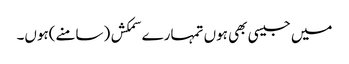
میں جیسی بھی ہوں تمہارے سمکش (سامنے)ہوں۔